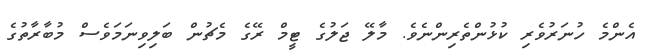
އެންމެ ހުނަރުވެރި ކުޅުންތެރިންނެވެ. މާލޭ ޖަލުގެ ޓީމް ރޭގެ މެޗުން ބަލިވިނަމަވެސް މުބާރާތުގެ